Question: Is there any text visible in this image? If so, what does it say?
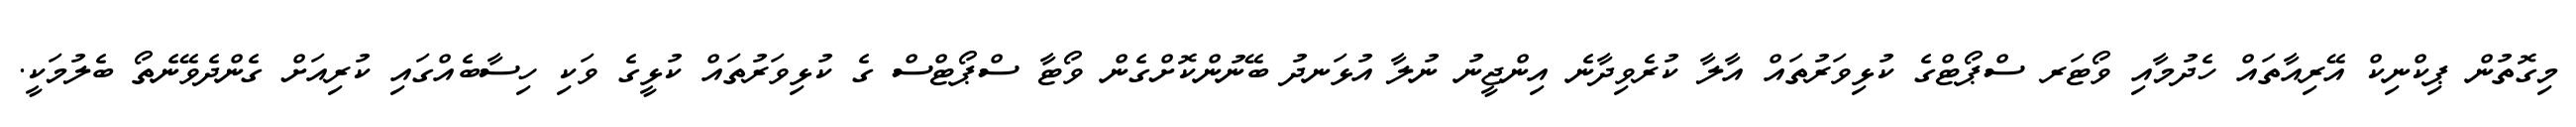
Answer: މިގޮތުން ޕިކްނިކް އޭރިއާތައް ހެދުމާއި ވޯޓަރ ސްޕޯޓްގެ ކުޅިވަރުތައް އާލާ ކުރެވިދާނެ އިންޖީނު ނުލާ އުޅަނދު ބޭނުންކޮށްގެން ވޯޓާ ސްޕޯޓްސް ގެ ކުޅިވަރުތައް ކުޅީގެ ވަކި ހިސާބެއްގައި ކުރިއަށް ގެންދެވޭނެތޯ ބެލުމަކީ.